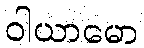
ဝါယာမော